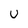
Character: U